Lunatic asylums Central Provinces reports 1886-1894 - 1886-1894
Year: 1886
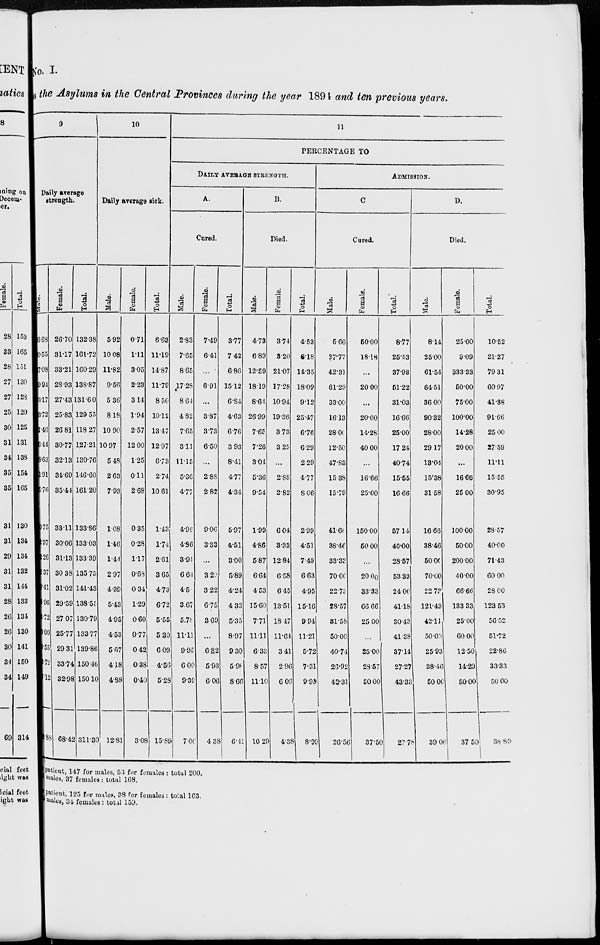
No. I.
n the Asylums in the Central Provinces during the year 1894 and ten previous years.
9
Daily average
strength.
Male.
5.68
0.55
7.08
9.94
4.17
8.72
1.46
6.44
8.63
1.91
6.76
9.75
2.97
2.26
.37
.41
.96
.72
.00
.55
.72
.12
.88
Female.
26.70
31.17
33.21
28.93
27.43
25.83
26.81
30.77
32.13
34.69
35.44
33.11
30.06
31.13
30 38
31.02
29.59
27.07
25.77
29.31
33.74
32.98
68.42
Total.
132.38
161.72
160.29
138.87
131.60
129.55
118.27
127.21
130.76
146.60
161.20
133.86
133.03
133.39
135.75
141.43
138.55
130.79
133.77
139.86
150.46
150.10
311.30
10
Daily average sick.
Male.
5.92
10.08
11.82
9.56
5.36
8.18
10.90
10.97
5.48
2.63
7.93
1.08
1.46
1.44
2.97
4.39
5.43
4.95
4.53
5.67
4.18
4.88
12.81
Female.
0.71
1.11
3.05
2.23
3.14
1.94
2.57
12.00
1.25
0.11
2.68
0.35
0.28
1.17
0.68
0.34
1.29
0.60
0.77
0.42
0.38
0.40
3.08
Total.
6.63
11.19
14.87
11.79
8.50
10.12
13.47
12.97
6.73
2.74
10.61
1.43
1.74
2.61
3.65
4.73
6.72
5.55
5.30
6.09
4.56
5.28
15.89
11
PERCENTAGE TO
DAILY AVERAGE STRENGTH.
A.
Cured.
Male.
2.83
7.65
8.65
17.28
8.64
4.82
7.65
3.11
11.15
5.36
4.77
4.96
4.86
3.91
6.64
4.5
3.67
5.78
11.11
9.95
6.00
9.39
7.00
Female.
7.49
6.41
...
6.91
...
3.87
3.73
6.50
...
2.88
2.82
9.06
3.33
...
3.29
3.22
6.75
3.69
...
6.82
5.93
6.06
4.38
Total.
3.77
7.42
6.86
15.12
6.84
4.63
6.76
3.93
8.41
4.77
4.34
5.97
4.51
3.00
5.89
4.24
4.33
5.35
8.97
9.30
5.98
8.66
6.41
B.
Died.
Male.
4.73
6.89
12.59
18.19
8.64
26.99
7.65
7.26
3.04
5.36
9.54
1.99
4.86
5.87
6.64
4.53
15.60
7.71
11.11
6.33
8.57
11.10
10.29
Female.
3.74
3.20
21.07
17.28
10.94
19.36
3.73
3.25
...
2.88
2.82
6.04
3.33
12.84
6.58
6.45
13.51
18.47
11.64
3.41
2.96
6.06
4.38
Total.
4.53
6.18
14.35
18.09
9.12
25.47
6.76
6.29
2.29
4.77
8.06
2.99
4.51
7.49
6.63
4.95
15.16
9.94
11.21
5.72
7.31
9.99
8.99
ADMISSION.
C
Cured.
Male.
5.66
27.77
42.31
61.29
33.00
16.13
28.00
12.50
47.83
15.38
15.79
41.66
38.46
33.33
70.00
22.73
28.57
31.58
50.00
40.74
26.92
42.31
26.56
Female.
50.00
18.18
...
2000
...
20.00
14.28
40.00
...
16.66
25.00
150.00
50.00
...
20.00
33.33
66. 66
25.00
...
25.00
28.57
50.00
37.50
Total.
8.77
25.53
37.93
51.22
31.03
16.66
25.00
17.24
40.74
15.55
16.66
57.14
40.00
28.57
53.33
24.00
41.18
30.43
41.38
37.14
27.27
43.33
27.78
D.
Died.
Male.
8.14
25.00
61.54
64.51
36.00
90.32
28.00
29.17
13.04
15.38
31.58
16.66
38.46
50.00
70.00
22.73
121.43
42.11
50.00
25.93
38.46
50.00
39.06
Female.
25.00
9.09
233.33
60.00
75.00
100.00
14.28
20.00
...
16.66
25. 00
100.00
50.00
200.00
40.00
66.66
133.33
25.00
60.00
12.50
14.29
50.00
37.50
Total.
10.52
21.27
79.31
60.97
41.38
91.66
25.00
27.59
11.11
15.55
30.95
28.57
40.00
71.43
60.00
28.00
123.53
56.52
51.72
22.86
33.33
50.00
38.89
patient, 147 for males, 53 for females : total 200.
males, 37 females : total 168.
patient, 125 for males, 38 for females: total 163.
males, 34 females : total 159.